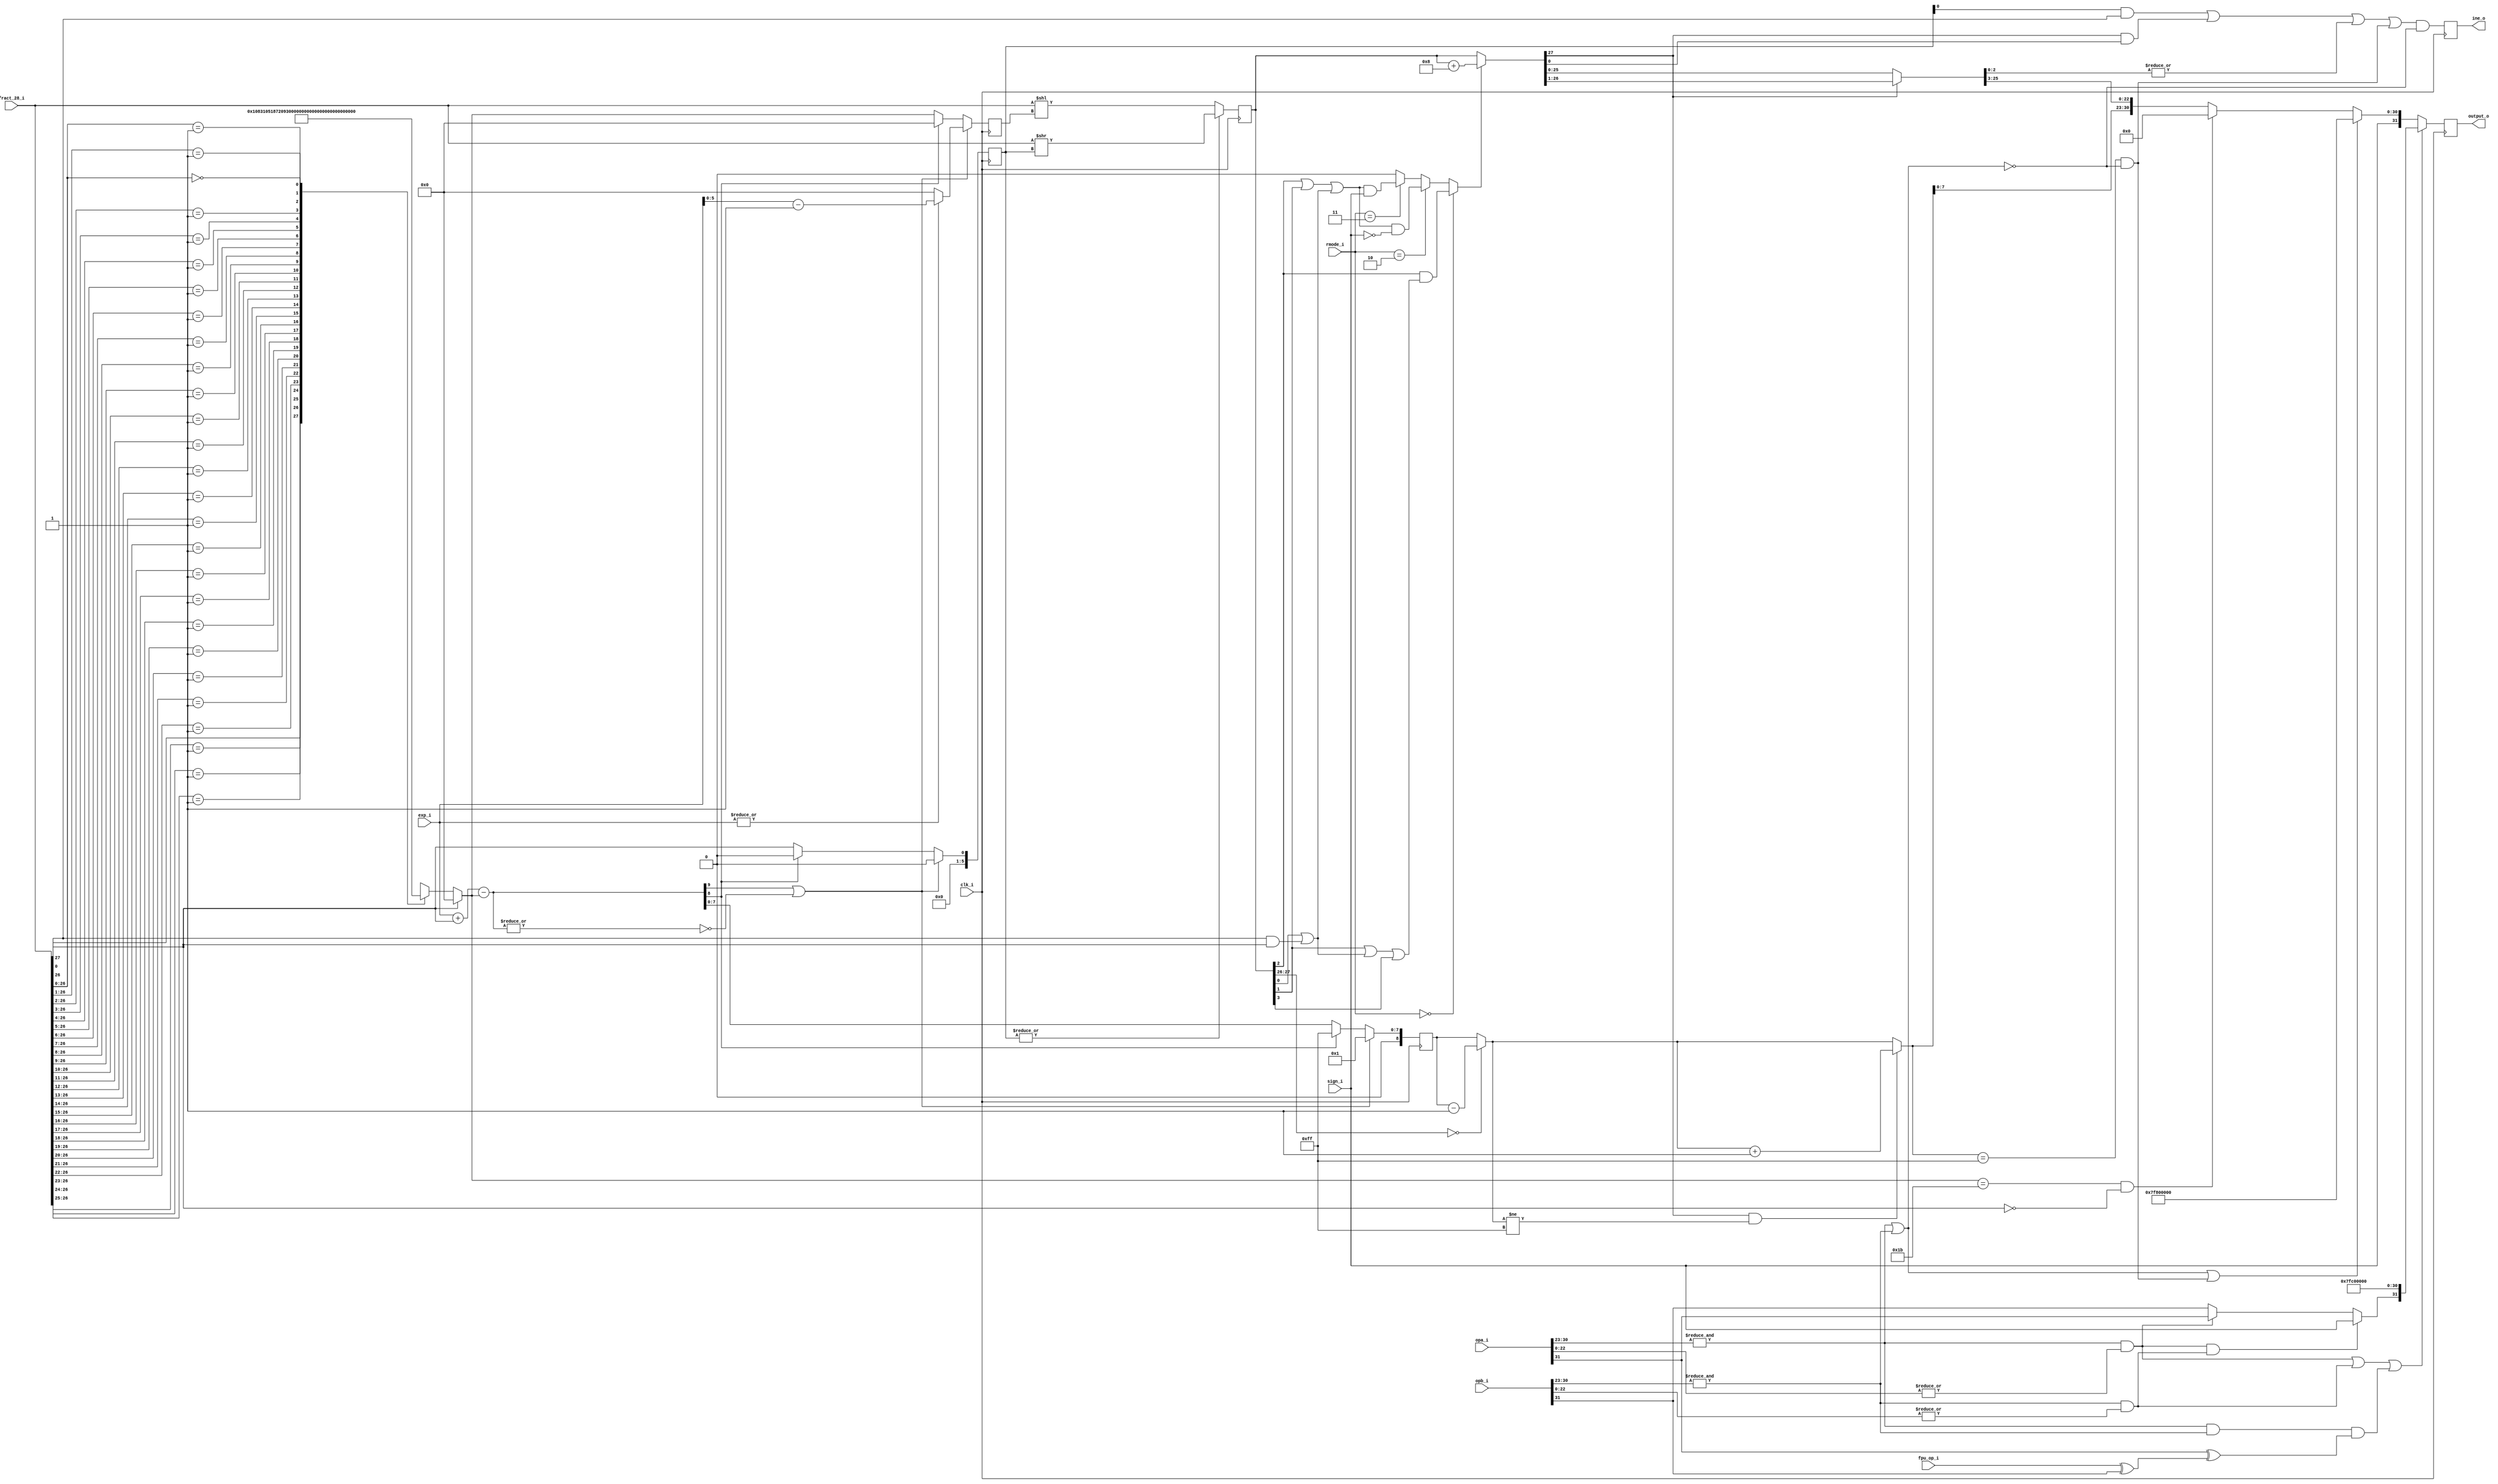
//////////////////////////////////////////////////////////////////////
////                                                              ////
////  or1200_fpu_post_norm_addsub                                 ////
////                                                              ////
////  This file is part of the OpenRISC 1200 project              ////
////  http://opencores.org/project,or1k                           ////
////                                                              ////
////  Description                                                 ////
////  post-normalization entity for the addition/subtraction unit ////
////                                                              ////
////  To Do:                                                      ////
////                                                              ////
////                                                              ////
////  Author(s):                                                  ////
////      - Original design (FPU100) -                            ////
////        Jidan Al-eryani, jidan@gmx.net                        ////
////      - Conv. to Verilog and inclusion in OR1200 -            ////
////        Julius Baxter, julius@opencores.org                   ////
////                                                              ////
//////////////////////////////////////////////////////////////////////
//
//  Copyright (C) 2006, 2010
//
//	This source file may be used and distributed without        
//	restriction provided that this copyright statement is not   
//	removed from the file and that any derivative work contains 
//	the original copyright notice and the associated disclaimer.
//                                                           
//		THIS SOFTWARE IS PROVIDED ``AS IS'' AND WITHOUT ANY     
//	EXPRESS OR IMPLIED WARRANTIES, INCLUDING, BUT NOT LIMITED   
//	TO, THE IMPLIED WARRANTIES OF MERCHANTABILITY AND FITNESS   
//	FOR A PARTICULAR PURPOSE. IN NO EVENT SHALL THE AUTHOR      
//	OR CONTRIBUTORS BE LIABLE FOR ANY DIRECT, INDIRECT,         
//	INCIDENTAL, SPECIAL, EXEMPLARY, OR CONSEQUENTIAL DAMAGES    
//	(INCLUDING, BUT NOT LIMITED TO, PROCUREMENT OF SUBSTITUTE   
//	GOODS OR SERVICES; LOSS OF USE, DATA, OR PROFITS; OR        
//	BUSINESS INTERRUPTION) HOWEVER CAUSED AND ON ANY THEORY OF  
//	LIABILITY, WHETHER IN  CONTRACT, STRICT LIABILITY, OR TORT  
//	(INCLUDING NEGLIGENCE OR OTHERWISE) ARISING IN ANY WAY OUT  
//	OF THE USE OF THIS SOFTWARE, EVEN IF ADVISED OF THE         
//	POSSIBILITY OF SUCH DAMAGE. 
//

module or1200_fpu_post_norm_addsub
  (
   clk_i,
   opa_i,
   opb_i,
   fract_28_i,
   exp_i,
   sign_i,
   fpu_op_i,
   rmode_i,
   output_o,
   ine_o
   );
   
   parameter FP_WIDTH = 32;
   parameter MUL_SERIAL = 0; // 0 for parallel multiplier, 1 for serial
   parameter MUL_COUNT = 11; //11 for parallel multiplier, 34 for serial
   parameter FRAC_WIDTH = 23;
   parameter EXP_WIDTH = 8;
   parameter ZERO_VECTOR = 31'd0;
   parameter INF = 31'b1111111100000000000000000000000;
   parameter QNAN = 31'b1111111110000000000000000000000;
   parameter SNAN = 31'b1111111100000000000000000000001;

   input     clk_i;   
   input [FP_WIDTH-1:0] opa_i;   
   input [FP_WIDTH-1:0] opb_i;
   input [FRAC_WIDTH+4:0] fract_28_i;   
   input [EXP_WIDTH-1:0]  exp_i;
   input 		  sign_i;
   input 		  fpu_op_i;
   input [1:0] 		  rmode_i;
   output reg [FP_WIDTH-1:0] 	  output_o;
   output reg		  ine_o;
  
   wire [FP_WIDTH-1:0] 	  s_opa_i;   
   wire [FP_WIDTH-1:0] 	  s_opb_i;
   wire [FRAC_WIDTH+4:0] s_fract_28_i;	
   wire [EXP_WIDTH-1:0] s_exp_i;
   wire s_sign_i;
   wire s_fpu_op_i;
   wire [1:0] s_rmode_i;   
   wire [FP_WIDTH-1:0] s_output_o;
   wire s_ine_o;
   wire s_overflow;
   
   wire [5:0] s_zeros;
   reg [5:0] s_shr1;
   reg [5:0] s_shl1;
   wire s_shr2, s_carry;

   wire [9:0] s_exp10;
   reg [EXP_WIDTH:0] s_expo9_1;
   wire [EXP_WIDTH:0] s_expo9_2;
   wire [EXP_WIDTH:0] s_expo9_3;
   
   reg [FRAC_WIDTH+4:0] s_fracto28_1;
   wire [FRAC_WIDTH+4:0] s_fracto28_2;
   wire [FRAC_WIDTH+4:0] s_fracto28_rnd;

   wire s_roundup;
   wire s_sticky;
   
   wire s_zero_fract;	
   wire s_lost;
   wire s_infa, s_infb;
   wire s_nan_in, s_nan_op, s_nan_a, s_nan_b, s_nan_sign;
   
   assign s_opa_i = opa_i;
   assign s_opb_i = opb_i;
   assign s_fract_28_i = fract_28_i;
   assign s_exp_i = exp_i;
   assign s_sign_i = sign_i;
   assign s_fpu_op_i = fpu_op_i;
   assign s_rmode_i = rmode_i;
   
   // Output Register
   always @(posedge clk_i)
     begin
	output_o <= s_output_o;
	ine_o <= s_ine_o;
     end
   //*** Stage 1 ****
   // figure out the output exponent and how much the fraction has to be 
   // shiftd right/left
   
   assign s_carry = s_fract_28_i[27];

   reg [5:0] lzeroes;
   
   always @(s_fract_28_i)
     casez(s_fract_28_i[26:0])	// synopsys full_case parallel_case
       27'b1??????????????????????????: lzeroes = 0;
       27'b01?????????????????????????: lzeroes = 1;
       27'b001????????????????????????: lzeroes = 2;
       27'b0001???????????????????????: lzeroes = 3;
       27'b00001??????????????????????: lzeroes = 4;
       27'b000001?????????????????????: lzeroes = 5;
       27'b0000001????????????????????: lzeroes = 6;
       27'b00000001???????????????????: lzeroes = 7;
       27'b000000001??????????????????: lzeroes = 8;
       27'b0000000001?????????????????: lzeroes = 9;
       27'b00000000001????????????????: lzeroes = 10;
       27'b000000000001???????????????: lzeroes = 11;
       27'b0000000000001??????????????: lzeroes = 12;
       27'b00000000000001?????????????: lzeroes = 13;
       27'b000000000000001????????????: lzeroes = 14;
       27'b0000000000000001???????????: lzeroes = 15;
       27'b00000000000000001??????????: lzeroes = 16;
       27'b000000000000000001?????????: lzeroes = 17;
       27'b0000000000000000001????????: lzeroes = 18;
       27'b00000000000000000001???????: lzeroes = 19;
       27'b000000000000000000001??????: lzeroes = 20;
       27'b0000000000000000000001?????: lzeroes = 21;
       27'b00000000000000000000001????: lzeroes = 22;
       27'b000000000000000000000001???: lzeroes = 23;
       27'b0000000000000000000000001??: lzeroes = 24;
       27'b00000000000000000000000001?: lzeroes = 25;
       27'b000000000000000000000000001: lzeroes = 26;
       27'b000000000000000000000000000: lzeroes = 27;
     endcase

   assign s_zeros = s_fract_28_i[27] ? 0 : lzeroes;
   
   // negative flag & large flag & exp		
   assign s_exp10 = {2'd0,s_exp_i} + {9'd0,s_carry} - {4'd0,s_zeros}; 
   
   always @(posedge clk_i)
     begin
	if (s_exp10[9] | !(|s_exp10))
	  begin
	     s_shr1 <= 0;
	     s_expo9_1 <= 9'd1;
	     
	     if (|s_exp_i)
	       s_shl1 <= s_exp_i[5:0] - 6'd1;
	     else
	       s_shl1 <= 0;
	     
	  end
	else if (s_exp10[8])
	  begin
	     s_shr1 <= 0;
	     s_shl1 <= 0;
	     s_expo9_1 <= 9'b011111111;
	  end
	else
	  begin
	     s_shr1 <= {5'd0,s_carry};
	     s_shl1 <= s_zeros;
	     s_expo9_1 <= s_exp10[8:0];
	  end // else: !if(s_exp10[8])
     end // always @ (posedge clk_i)
   
   //-
   // *** Stage 2 ***
   // Shifting the fraction and rounding
   
   always @(posedge clk_i)
     if (|s_shr1)
       s_fracto28_1 <= s_fract_28_i >> s_shr1;
     else 
       s_fracto28_1 <= s_fract_28_i << s_shl1; 
   
   assign s_expo9_2 = (s_fracto28_1[27:26]==2'b00) ? 
		      s_expo9_1 - 9'd1 : s_expo9_1;
   
   // round
   //check last bit, before and after right-shift
   assign s_sticky = s_fracto28_1[0] | (s_fract_28_i[0] & s_fract_28_i[27]); 
   
   assign s_roundup = s_rmode_i==2'b00 ?
		      // round to nearset even
		      s_fracto28_1[2] & ((s_fracto28_1[1] | s_sticky) | 
					 s_fracto28_1[3]) :
		      s_rmode_i==2'b10 ?
		      // round up
		      (s_fracto28_1[2] | s_fracto28_1[1] | s_sticky) & !s_sign_i:
		      s_rmode_i==2'b11 ?
		      // round down
		      (s_fracto28_1[2] | s_fracto28_1[1] | s_sticky) & s_sign_i :
		      // round to zero(truncate = no rounding)
		      0;
   
   assign s_fracto28_rnd = s_roundup ? 
			   s_fracto28_1+28'b0000_0000_0000_0000_0000_0000_1000 :
			   s_fracto28_1;
   
   // ***Stage 3***
   // right-shift after rounding (if necessary)
   assign s_shr2 = s_fracto28_rnd[27]; 

   assign s_expo9_3 = (s_shr2 &  s_expo9_2!=9'b011111111) ?
		      s_expo9_2 + 9'b000000001 : s_expo9_2;

   assign s_fracto28_2 = s_shr2 ? {1'b0,s_fracto28_rnd[27:1]} : s_fracto28_rnd;

   ////-
   
   assign s_infa = &s_opa_i[30:23];
   assign s_infb = &s_opb_i[30:23];
   
   assign s_nan_a = s_infa &  (|s_opa_i[22:0]);
   assign s_nan_b = s_infb &  (|s_opb_i[22:0]);
   
   assign s_nan_in = s_nan_a | s_nan_b;

   // inf-inf=Nan
   assign s_nan_op = (s_infa & s_infb) & 
		     (s_opa_i[31] ^ (s_fpu_op_i ^ s_opb_i[31]));
   
   assign s_nan_sign = (s_nan_a & s_nan_b) ? s_sign_i :
		       s_nan_a ? 
		       s_opa_i[31] : s_opb_i[31];
   								
   // check if result is inexact;
   assign s_lost = (s_shr1[0] & s_fract_28_i[0]) | 
		   (s_shr2 & s_fracto28_rnd[0]) | (|s_fracto28_2[2:0]);

   assign s_ine_o = (s_lost | s_overflow) & !(s_infa | s_infb);
   
   assign s_overflow = s_expo9_3==9'b011111111 & !(s_infa | s_infb);

   // '1' if fraction result is zero
   assign s_zero_fract = s_zeros==27 & !s_fract_28_i[27];
   

   // Generate result
   assign s_output_o = (s_nan_in | s_nan_op) ?
		       {s_nan_sign,QNAN} :
		       (s_infa | s_infb) | s_overflow ?
		       {s_sign_i,INF} :
		       s_zero_fract ?
		       {s_sign_i,ZERO_VECTOR} :
		       {s_sign_i,s_expo9_3[7:0],s_fracto28_2[25:3]};

endmodule // or1200_fpu_post_norm_addsub